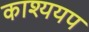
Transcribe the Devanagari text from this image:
काश्ययप